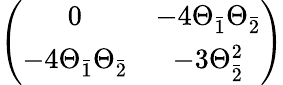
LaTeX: \left(\begin{array}{cc}{{0}}&{{-4\Theta_{\bar{1}}\Theta_{\bar{2}}}}\\ {{-4\Theta_{\bar{1}}\Theta_{\bar{2}}}}&{{-3\Theta_{\bar{2}}^{2}}}\end{array}\right)